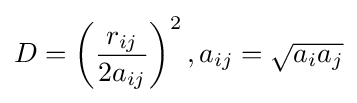
D=\left({\frac {r_{ij}}{2a_{ij}}}\right)^{2},a_{ij}={\sqrt {a_{i}a_{j}}}